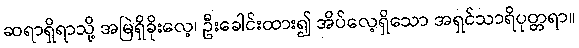
ဆရာရှိရာသို့ အမြဲရှိခိုးလေ့၊ ဦးခေါင်းထား၍ အိပ်လေ့ရှိသော အရှင်သာရိပုတ္တရာ။